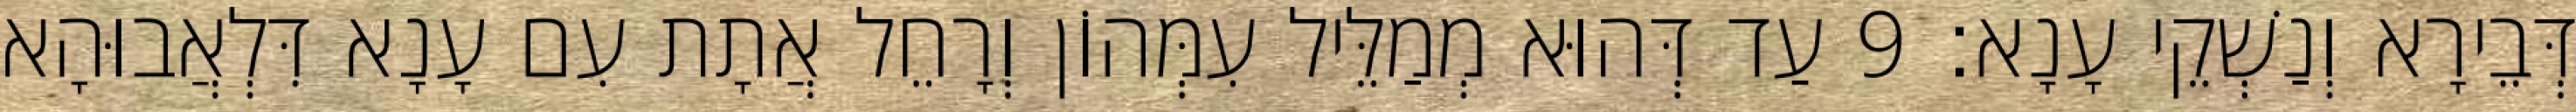
דְּבֵירָא וְנַשְׁקֵי עָנָא׃ 9 עַד דְּהוּא מְמַלֵּיל עִמְּהוֹן וְרָחֵל אֲתָת עִם עָנָא דִּלְאֲבוּהָא